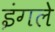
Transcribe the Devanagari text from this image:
इंगले